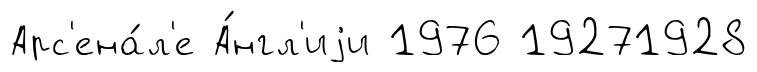
Арс'ена́л'е А́нгл'иjи 1976 19271928